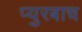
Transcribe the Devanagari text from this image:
प्युरबाच